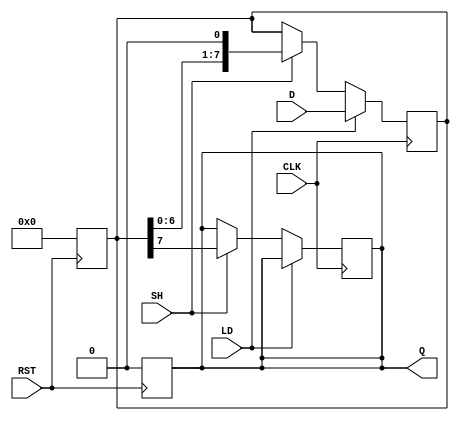
module Dynamic_PISO_Register (
    input wire [N-1:0] D,     // Parallel input data
    input wire LD,            // Load control signal
    input wire SH,            // Shift control signal
    input wire CLK,           // Clock signal
    input wire RST,           // Reset signal
    output reg Q              // Serial output
);
    parameter N = 8;          // Number of bits in the register

    reg [N-1:0] shift_reg;    // Shift register to hold the data

    // Asynchronous reset
    always @(posedge RST) begin
        shift_reg <= {N{1'b0}}; // Clear the register
        Q <= 1'b0;              // Clear the output
    end

    // Load and Shift operations
    always @(posedge CLK) begin
        if (LD) begin
            shift_reg <= D;      // Load parallel data into the shift register
        end else if (SH) begin
            Q <= shift_reg[N-1]; // Output the MSB to Q
            shift_reg <= {shift_reg[N-2:0], 1'b0}; // Shift left
        end
    end
endmodule